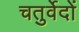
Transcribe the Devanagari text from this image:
चतुर्वेदों